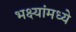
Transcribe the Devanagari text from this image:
भक्ष्यांमध्ये